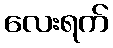
လေးရက်